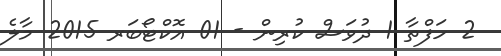
2 ހަފްތާ 1 ދުވަސް ކުރިން - 01 އޮކްޓޯބަރ 2015 މާލެ